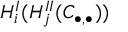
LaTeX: H _ { i } ^ { I } ( H _ { j } ^ { I I } ( C _ { \bullet , \bullet } ) )